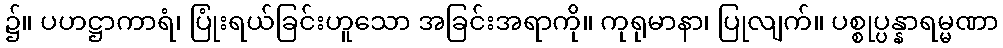
၌။ ပဟဋ္ဌာကာရံ၊ ပြုံးရယ်ခြင်းဟူသော အခြင်းအရာကို။ ကုရုမာနာ၊ ပြုလျက်။ ပစ္စုပ္ပန္နာရမ္မဏာ